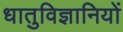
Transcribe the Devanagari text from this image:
धातुविज्ञानियों